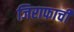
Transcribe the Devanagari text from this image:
जिराफाची